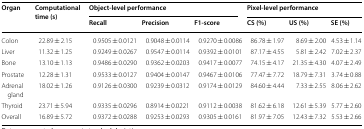
| <ROWSPAN=2> Organ | <ROWSPAN=2> Computational time (s) | <COLSPAN=3> Object-level performance | <COLSPAN=3> Pixel-level performance |
 | Recall | Precision | F1-score | CS (%) | US (%) | SE (%) |
 | --- | --- | --- | --- | --- | --- | --- | --- |
 | Colon | 22.89 ± 2.15 | 0.9505 ± 0.0121 | 0.9048 ± 0.0114 | 0.9270 ± 0.0086 | 86.78 ± 1.97 | 8.69 ± 2.00 | 4.53 ± 1.14 |
 | Liver | 11.32 ± 1.25 | 0.9249 ± 0.0267 | 0.9547 ± 0.0114 | 0.9392 ± 0.0101 | 87.17 ± 4.55 | 5.81 ± 2.42 | 7.02 ± 2.37 |
 | Bone | 13.10 ± 1.13 | 0.9486 ± 0.0290 | 0.9362 ± 0.0203 | 0.9417 ± 0.0077 | 74.15 ± 4.17 | 21.35 ± 4.30 | 4.07 ± 2.49 |
 | Prostate | 12.28 ± 1.31 | 0.9533 ± 0.0127 | 0.9404 ± 0.0147 | 0.9467 ± 0.0106 | 77.47 ± 7.72 | 18.79 ± 7.31 | 3.74 ± 0.88 |
 | Adrenal gland | 18.02 ± 1.26 | 0.9126 ± 0.0300 | 0.9239 ± 0.0312 | 0.9174 ± 0.0129 | 84.60 ± 4.44 | 7.33 ± 2.55 | 8.06 ± 2.62 |
 | Thyroid | 23.71 ± 5.94 | 0.9335 ± 0.0296 | 0.8914 ± 0.0221 | 0.9112 ± 0.0038 | 81.62 ± 6.18 | 12.61 ± 5.39 | 5.77 ± 2.60 |
 | Overall | 16.89 ± 5.72 | 0.9372 ± 0.0288 | 0.9253 ± 0.0293 | 0.9305 ± 0.0161 | 81.97 ± 7.05 | 12.43 ± 7.32 | 5.53 ± 2.66 |